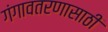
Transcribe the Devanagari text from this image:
गंगावतरणासाठी